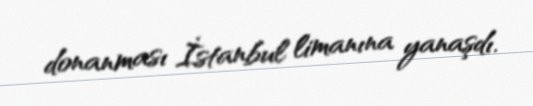
donanması İstanbul limanına yanaşdı.